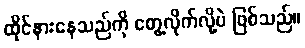
ထိုင်နားနေသည်ကို တွေ့လိုက်လို့ပဲ ဖြစ်သည်။